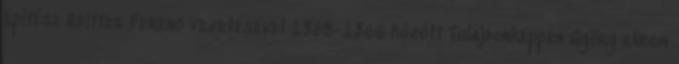
építése Reitter Ferenc vezetésével 1865-1866 között Tulajdonképpen Gyõry három